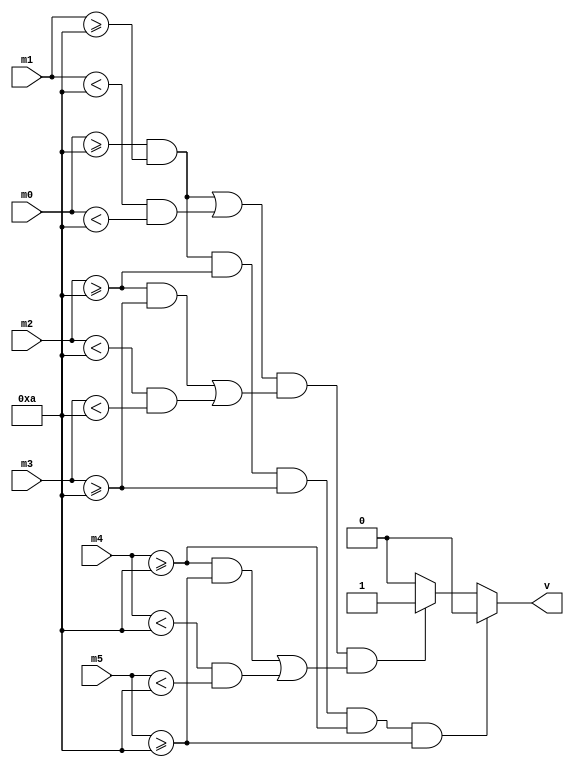
`timescale 1ns / 1ps
//////////////////////////////////////////////////////////////////////////////////
// Company: 
// Engineer: 
// 
// Design Name: 
// Module Name:    Matriculas 
// Project Name: 
// Target Devices: 
// Tool versions: 
// Description: 
//
// Dependencies: 
//
// Revision: 
// Revision 0.01 - File Created
// Additional Comments: 
//
//////////////////////////////////////////////////////////////////////////////////
module Matriculas(m0,m1,m2,m3,m4,m5,v);
	input [3:0] m0,m1,m2,m3,m4,m5;
	output v;
	reg v;


always@(m0,m1,m2,m3,m4,m5)
		begin
			if (m0 >= 4'h A && m1 >= 4'h A && m2>= 4'h A && m3 >= 4'h A && m4>= 4'h A && m5 >= 4'h A)
				v = 0;
			else if (((m0>=4'b 1010)&&(m1>=4'b 1010)||((m1<4'b 1010)&&(m0<4'b 1010)))&&((m2>=4'b 1010)&&
			(m3>=4'b 1010)||((m2<4'b 1010)&&(m3<4'b 1010)))&&((m4>=4'b 1010)&&
			(m5>=4'b 1010)||((m4<4'b 1010)&&(m5<4'b 1010))))
					v=1;
			else
				v = 0;	
		end
endmodule